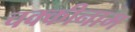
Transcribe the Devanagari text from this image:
चक्कीनाम